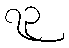
၇၃